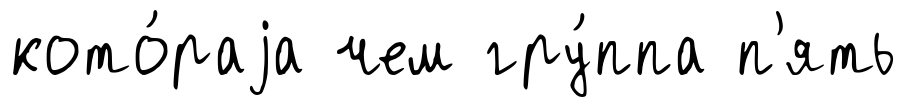
кото́раjа чем гру́ппа п'ять